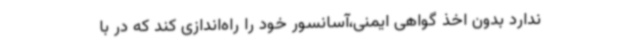
ندارد بدون اخذ گواهی ایمنی،آسانسور خود را راه‌اندازی کند که در با